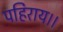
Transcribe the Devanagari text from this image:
पहिराय।।